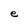
Character: e